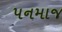
પનમાજ